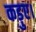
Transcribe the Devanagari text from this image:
कड़ुए।